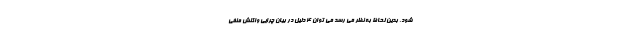
شود. بدین لحاظ به نظر می رسد می توان 4 دلیل در بیان چرایی واکنش منفی